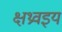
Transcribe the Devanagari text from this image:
क्षथ्रवइयं